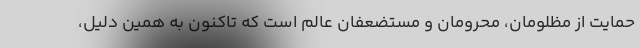
حمایت از مظلومان، محرومان و مستضعفان عالم است که تاکنون به همین دلیل،